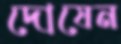
দোষেন